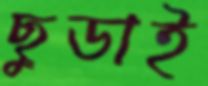
ছুডাই